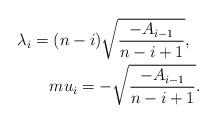
LaTeX: \begin{align*}\lambda _i=(n-i) \sqrt{\frac{-A_{i-1}}{n-i+1}},\ \ \\mu_i=-\sqrt{\frac{-A_{i-1}}{n-i+1}}.\end{align*}